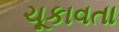
ચૂકાવતા